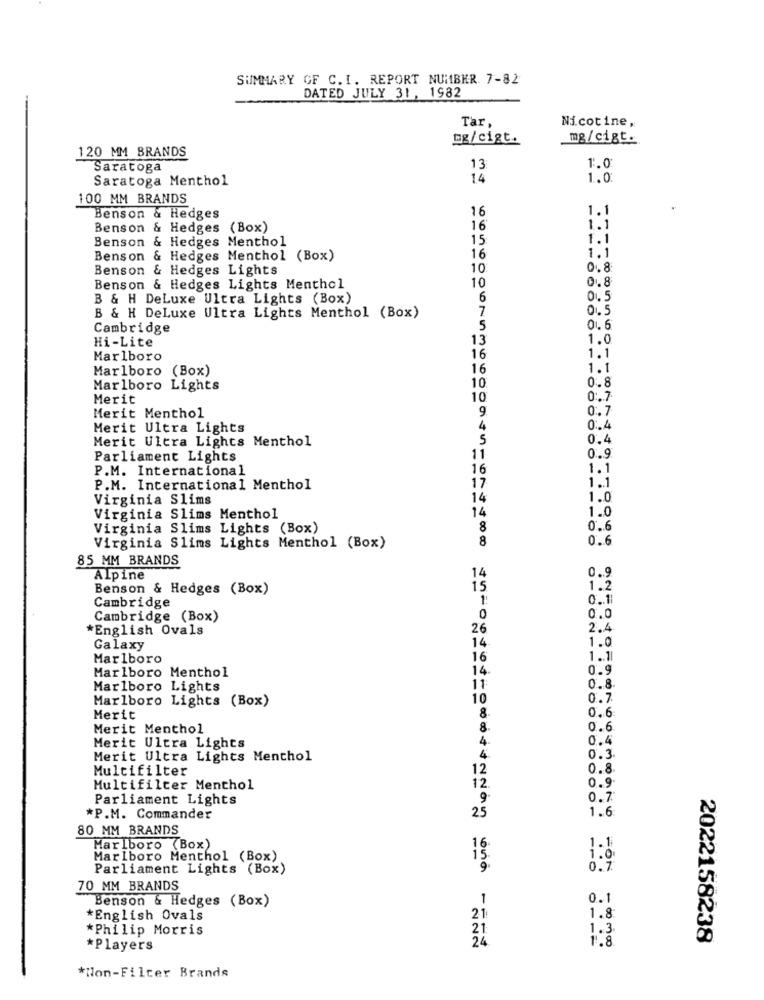
SUMMARY OF C. I. REPORT NUMBER 7-82
DATED JULY 31, 1982
Tar.
Nicotine,
mg/cigt.
mg/cigt.
120 MM BRANDS
Saratoga
13
1.0
Saratoga Menthol
14
1.0
100 MM BRANDS
16
1.1
Benson & Hedges
Benson & Hedges (Box)
16
1.1
Benson & Hedges Menthol
15
1.1
1.1
Benson & Hedges Menthol (Box)
16
Benson & Hedges Lights
10
0.8
Benson & Hedges Lights Menthol
10
B & H DeLuxe Ultra Lights (Box)
6
0.5
7
0.5
B & H DeLuxe Ultra Lights Menthol (Box)
Cambridge
5
Hi-Lite
13
1.0
Marlboro
16
1.1
Marlboro (Box)
16
1.1
Marlboro Lights
10
0.8
Merit
10
0 :. 7
9.
0.7
Merit Menthol
Merit Ultra Lights
4
0.4
Merit Ultra Lights Menthol
5
0.4
Parliament Lights
11
0.9.
P.M. International
16
1.1
1 .. 1
P.M. International Menthol
17
Virginia Slims
14
1.0
14
1.0
Virginia Slims Menthol
Virginia Slims Lights (Box)
8
0 .. 6
8
0 ... 6
Virginia Slims Lights Menthol (Box)
85 MM BRANDS
0.9
Alpine
14
Benson & Hedges (Box)
15
1.2
1:
0 .. 1
Cambridge
Cambridge (Box)
0
0.0
*English Ovals
26
2.4
1.0
Galaxy
14
Marlboro
16
1.1
Marlboro Menthol
14
0.9
Marlboro Lights
11
0.8.
Marlboro Lights (Box)
10
0.7
0.6
Merit
8.
Merit Menthol
8.
0.6
4.
0.4
Merit Ultra Lights
Merit Ultra Lights Menthol
4
0.3
Multifilter
12
0.8
0.9
Multifilter Menthol
12.
Parliament Lights
0.7
*P.M. Commander
25
1.6
80 MM BRANDS
Marlboro (Box)
16
Marlboro Menthol (Box)
is
Parliament Lights (Box)
70 MM BRANDS
Benson & Hedges (Box)
1
0.1
21
*English Ovals
1.8
*Philip Morris
21
1.3
24
2022158238
*Players
*Non-Filter Brands